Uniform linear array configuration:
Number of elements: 8
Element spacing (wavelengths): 0.75
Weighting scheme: cosine
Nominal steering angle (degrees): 45
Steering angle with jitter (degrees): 46.166
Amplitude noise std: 0.05
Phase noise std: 0.05

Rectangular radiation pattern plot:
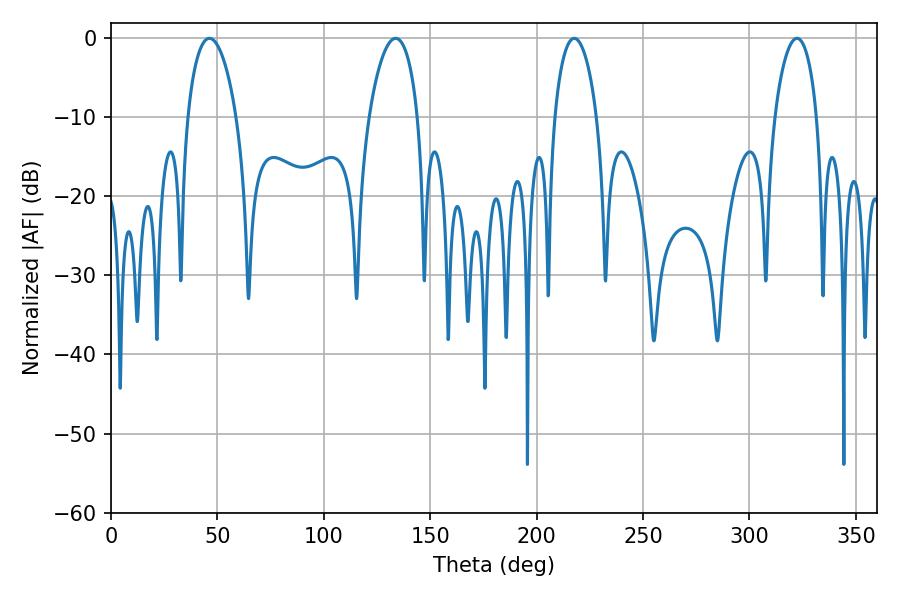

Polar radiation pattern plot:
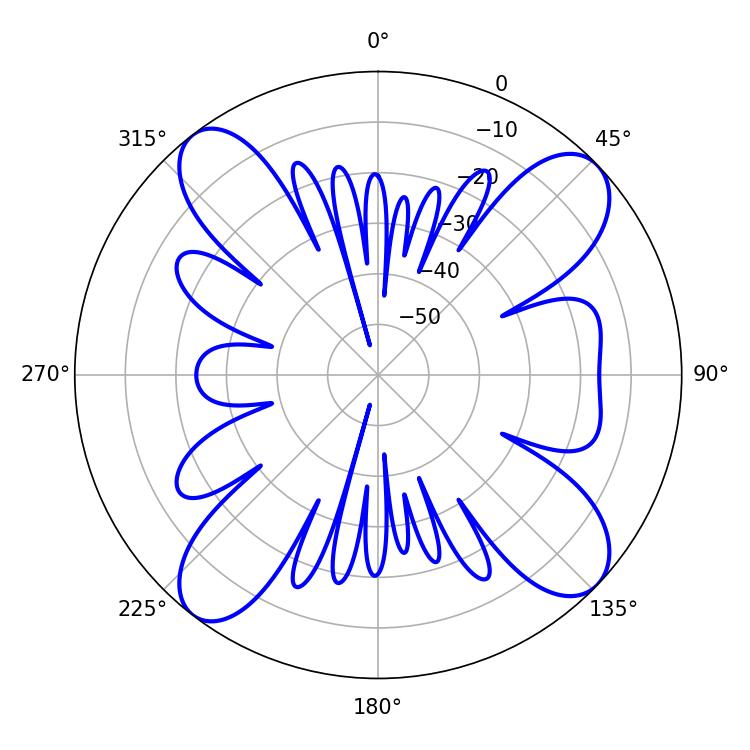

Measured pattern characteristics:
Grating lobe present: TRUE
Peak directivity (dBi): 12.947
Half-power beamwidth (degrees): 12.96
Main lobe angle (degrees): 46.26